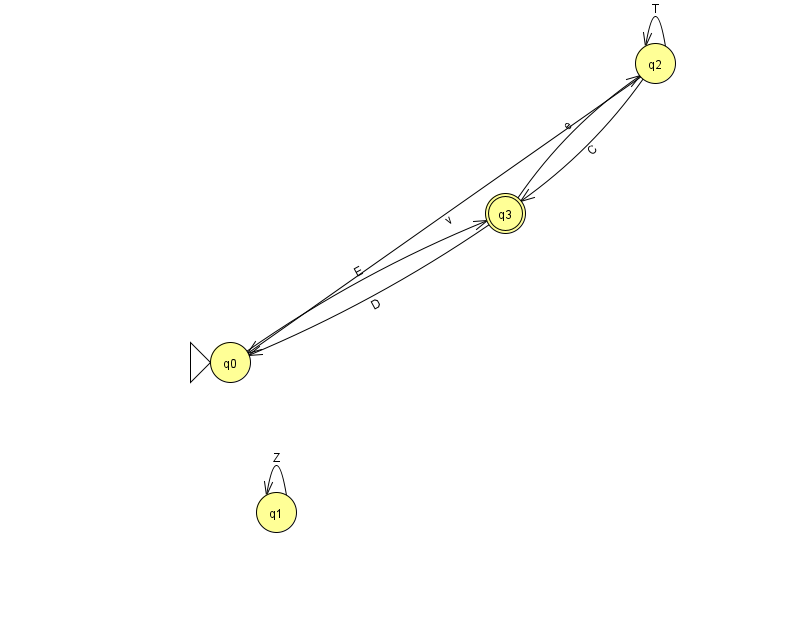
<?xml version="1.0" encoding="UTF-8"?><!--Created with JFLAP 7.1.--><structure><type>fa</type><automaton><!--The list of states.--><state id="0" name="q0"><x>230.0</x><y>349.0</y><initial/></state><state id="1" name="q1"><x>276.0</x><y>499.0</y></state><state id="2" name="q2"><x>655.0</x><y>50.0</y></state><state id="3" name="q3"><x>505.0</x><y>200.0</y><final/></state><!--The list of transitions.--><transition><from>3</from><to>0</to><read>D</read></transition><transition><from>3</from><to>2</to><read>e</read></transition><transition><from>0</from><to>3</to><read>E</read></transition><transition><from>2</from><to>2</to><read>T</read></transition><transition><from>2</from><to>3</to><read>C</read></transition><transition><from>2</from><to>0</to><read>v</read></transition><transition><from>1</from><to>1</to><read>Z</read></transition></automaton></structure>